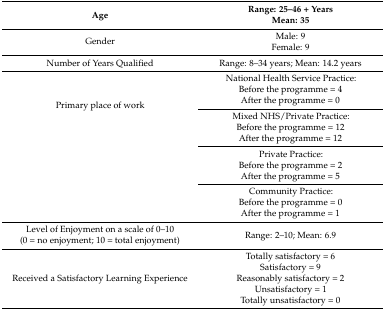
<table><thead><tr><td><b>Age</b></td><td><b>Range: 25–46 + YearsMean: 35</b></td></tr></thead><tbody><tr><td>Gender</td><td>Male: 9Female: 9</td></tr><tr><td>Number of Years Qualified</td><td>Range: 8–34 years; Mean: 14.2 years</td></tr><tr><td rowspan="4">Primary place of work</td><td>National Health Service Practice: Before the programme = 4 After the programme = 0</td></tr><tr><td>Mixed NHS/Private Practice: Before the programme = 12 After the programme = 12</td></tr><tr><td>Private Practice: Before the programme = 2 After the programme = 5</td></tr><tr><td>Community Practice: Before the programme = 0 After the programme = 1</td></tr><tr><td>Level of Enjoyment on a scale of 0–10 (0 = no enjoyment; 10 = total enjoyment)</td><td>Range: 2–10; Mean: 6.9</td></tr><tr><td>Received a Satisfactory Learning Experience</td><td>Totally satisfactory = 6 Satisfactory = 9 Reasonably satisfactory = 2 Unsatisfactory = 1 Totally unsatisfactory = 0</td></tr></tbody></table>